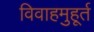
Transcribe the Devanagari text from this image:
विवाहमुहूर्त